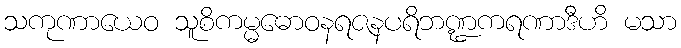
သကုဏာယေဝ သူစိကမ္မဓောဝနရဇနပရိဘဏ္ဍကရဏာဒီဟိ မသာ